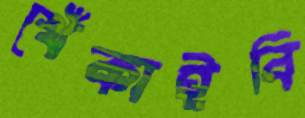
খেঁকাইবি